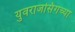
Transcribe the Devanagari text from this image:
युवराजसिंगच्या